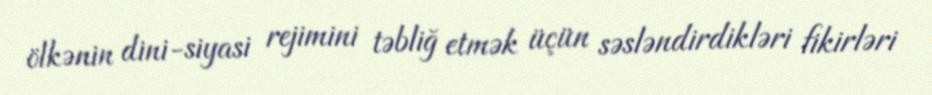
ölkənin dini-siyasi rejimini təbliğ etmək üçün səsləndirdikləri fikirləri